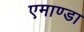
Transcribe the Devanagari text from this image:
एमाण्डा